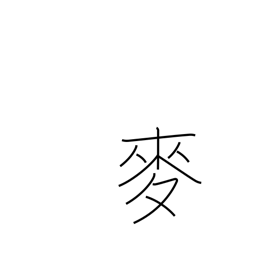
Meaning: wheat